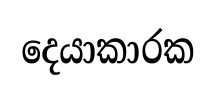
දෙයාකාරක